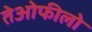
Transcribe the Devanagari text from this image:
तेओफीलो